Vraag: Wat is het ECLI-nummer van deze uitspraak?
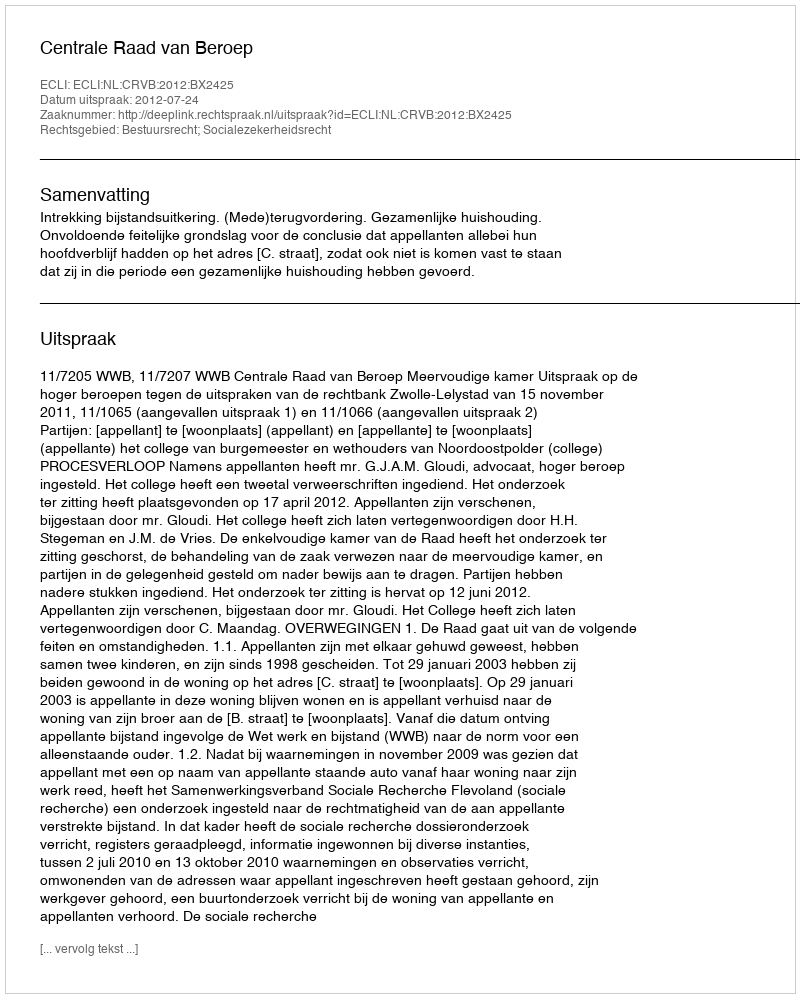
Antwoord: ECLI:NL:CRVB:2012:BX2425